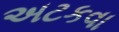
અટકવા